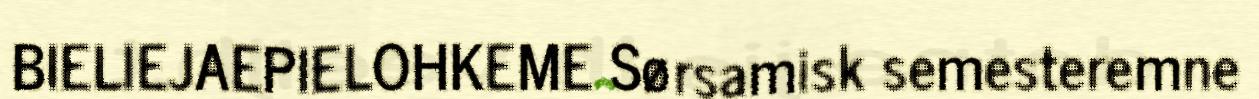
BIELIEJAEPIELOHKEME Sørsamisk semesteremne